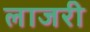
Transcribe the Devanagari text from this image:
लाजरी